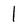
Character: 1